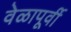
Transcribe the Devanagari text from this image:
वेळापूर्वी